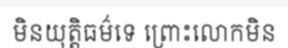
មិនយុត្តិធម៌ទេ ព្រោះលោកមិន